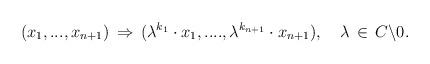
LaTeX: \begin{align*}(x_1,...,x_{n+1})\,\Rightarrow\, (\lambda^{k_1} \cdot x_1,...., \lambda^{k_{n+1}} \cdot x_{n+1}),\,\,\,\,\,\,\lambda \,\in\, C \backslash {0}.\end{align*}